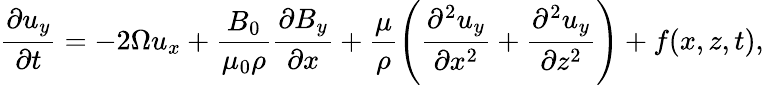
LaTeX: \frac{\partial u_{y}}{\partial t}=-2\Omega u_{x}+\frac{B_{0}}{\mu_{0}\rho}\frac{\partial B_{y}}{\partial x}+\frac{\mu}{\rho}\left(\frac{\partial^{2}u_{y}}{\partial x^{2}}+\frac{\partial^{2}u_{y}}{\partial z^{2}}\right)+f(x,z,t),